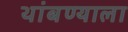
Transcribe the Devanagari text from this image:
थांबण्याला